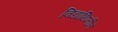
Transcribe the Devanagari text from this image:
विद्याथिर्नीने